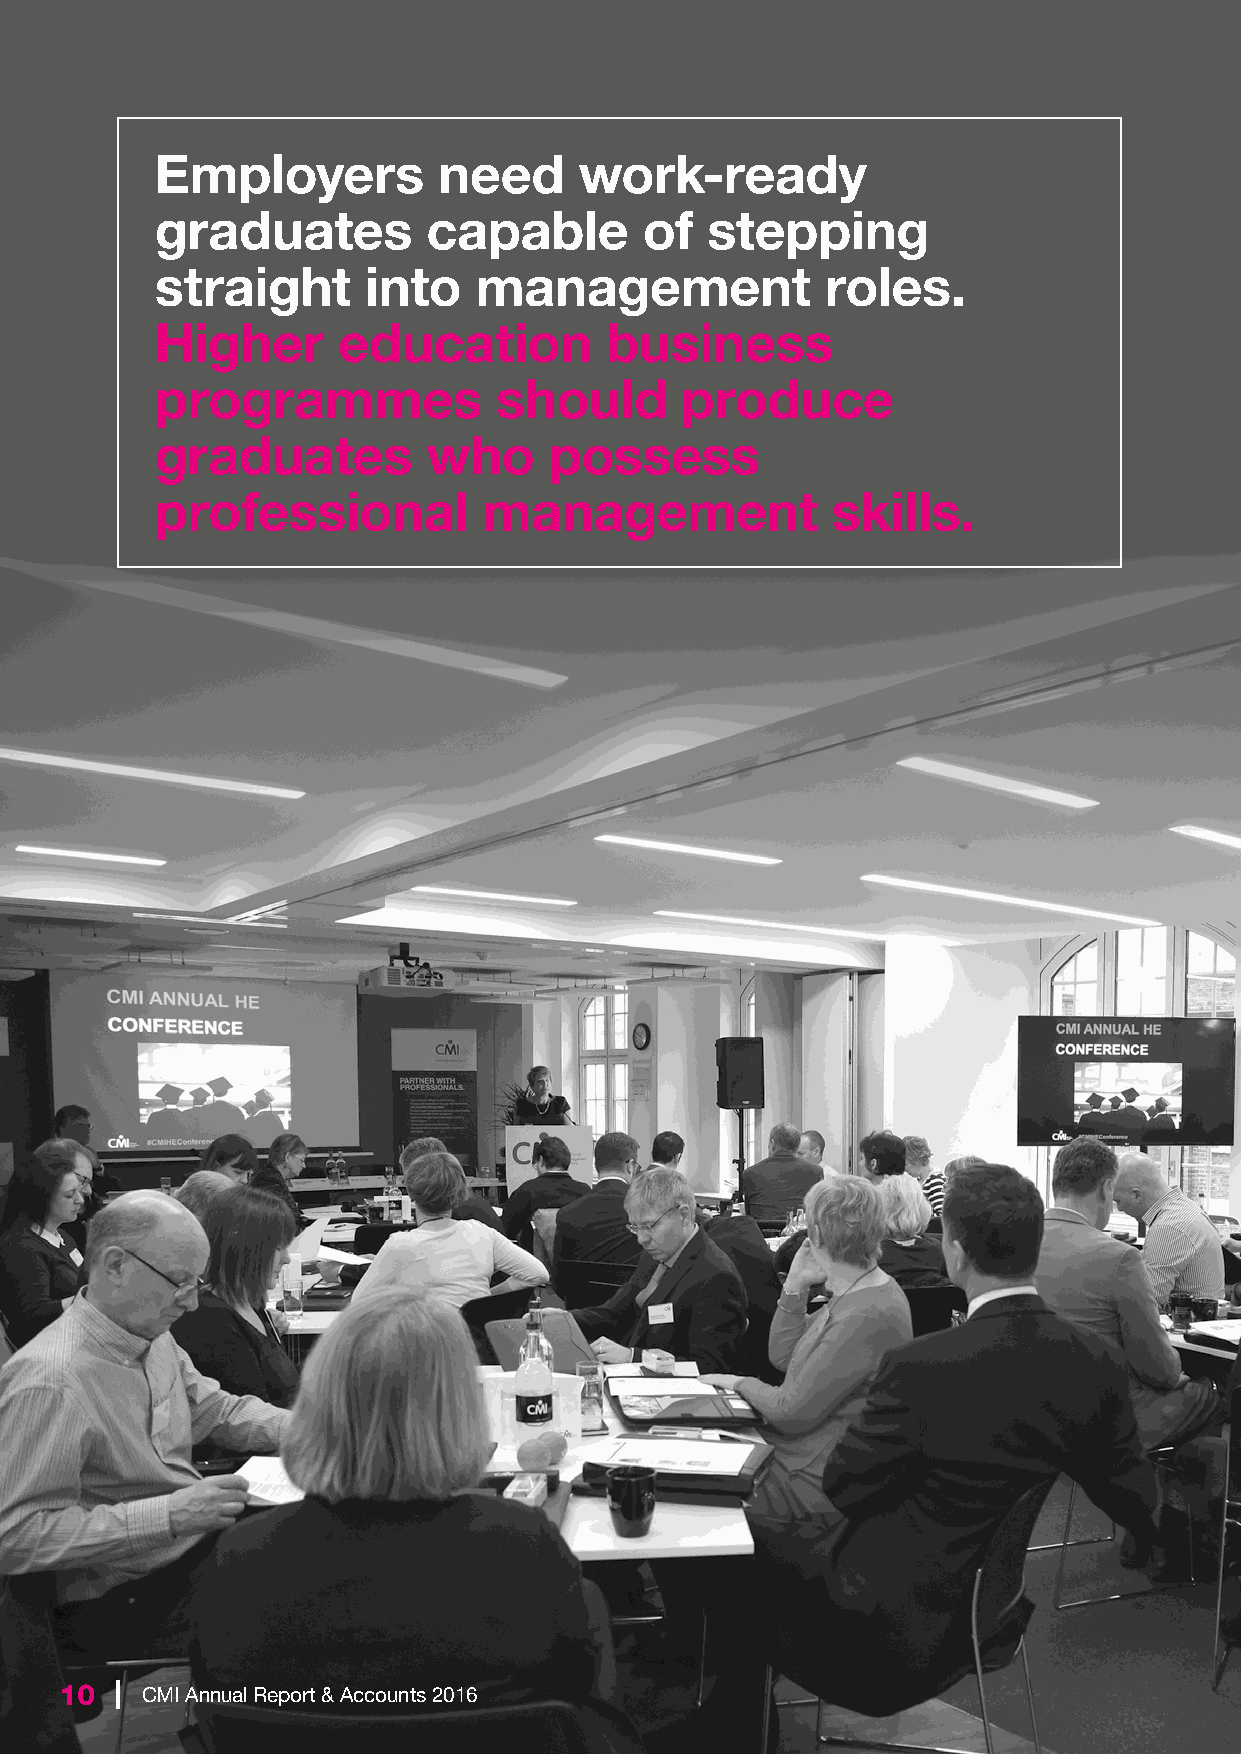
Employers          need     work-ready
 graduates         capable        of  stepping
 straight      into   management              roles.
 Higher      education         business
 programmes             should      produce
 graduates         who     possess
 professional          management             skills.
 10  | CMI Annual Report & Accounts 2016